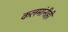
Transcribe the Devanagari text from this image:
कलमांनीही